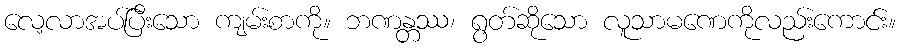
လေ့လာအပ်ပြီးသော ကျမ်းစာကို။ ဘဏန္တဿ၊ ရွတ်ဆိုသော လူသာမဏေကိုလည်းကောင်း။